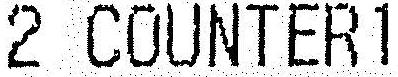
2 COUNTER1